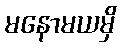
မနောမယမှိ